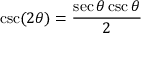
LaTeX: \csc ( 2 \theta ) = { \frac { \sec \theta \csc \theta } { 2 } }